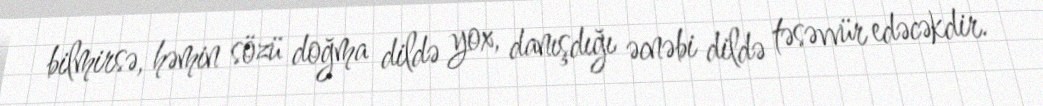
bilmirsə, həmin sözü doğma dildə yox, danışdığı əcnəbi dildə təsəvvür edəcəkdir.